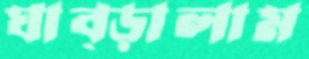
ঘাব্‌ড়ালাম